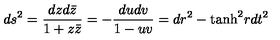
d s ^ { 2 } = { \frac { d z d { \bar { z } } } { 1 + z { \bar { z } } } } = - { \frac { d u d v } { 1 - u v } } = d r ^ { 2 } - \mathrm { t a n h } ^ { 2 } r d t ^ { 2 }